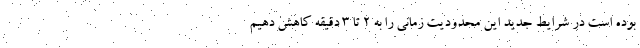
بوده است در شرایط جدید این محدودیت زمانی را به 2 تا 3 دقیقه کاهش دهیم